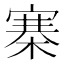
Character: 寨